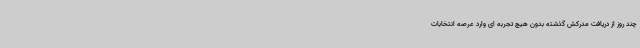
چند روز از دریافت مدرکش گذشته بدون هیچ تجربه ای وارد عرصه انتخابات